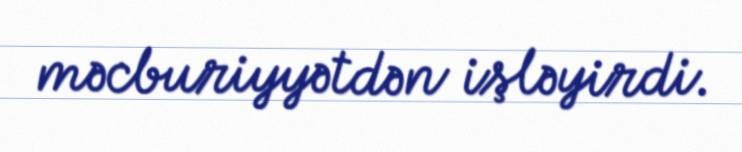
məcburiyyətdən işləyirdi.